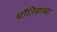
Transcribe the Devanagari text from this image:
चौतिसाव्या